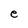
Character: e